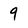
Character: 9